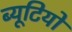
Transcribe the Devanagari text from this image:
ब्यूटियो